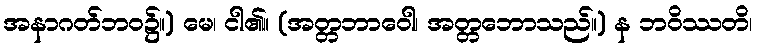
အနာဂတ်ဘဝ၌။) မေ၊ ငါ၏။ (အတ္တဘာဝေါ၊ အတ္တဘောသည်။) န ဘဝိဿတိ၊